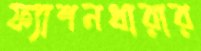
ফ্যাশনধারার